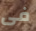
فى